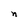
Character: n